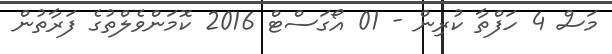
މަސް 4 ހަފްތާ ކުރިން - 01 އޯގަސްޓް 2016 ކޮމަންވެލްތުގެ ފަރާތުން